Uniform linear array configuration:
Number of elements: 32
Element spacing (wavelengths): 0.75
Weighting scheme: binomial
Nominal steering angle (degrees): -30
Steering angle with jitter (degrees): -29.987
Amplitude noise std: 0.05
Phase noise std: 0.05

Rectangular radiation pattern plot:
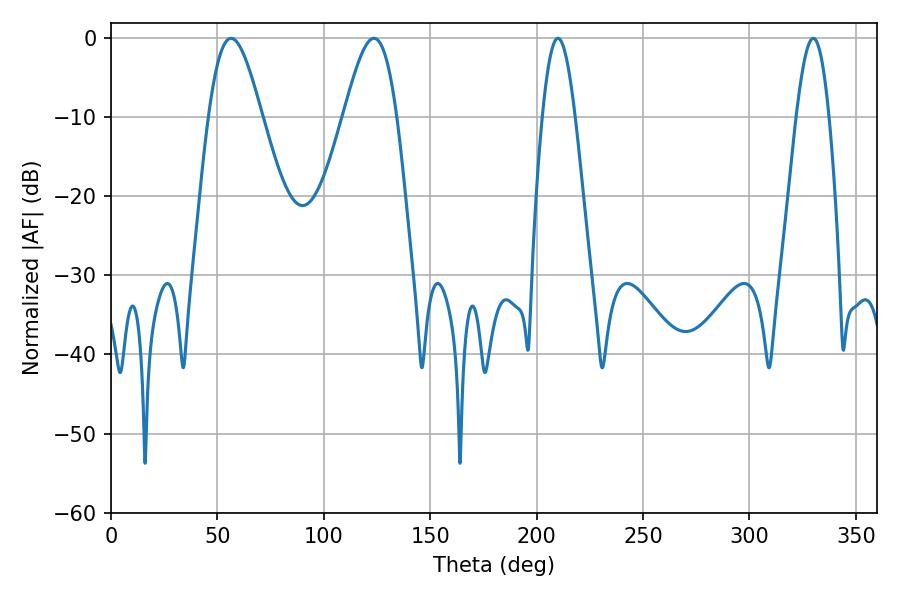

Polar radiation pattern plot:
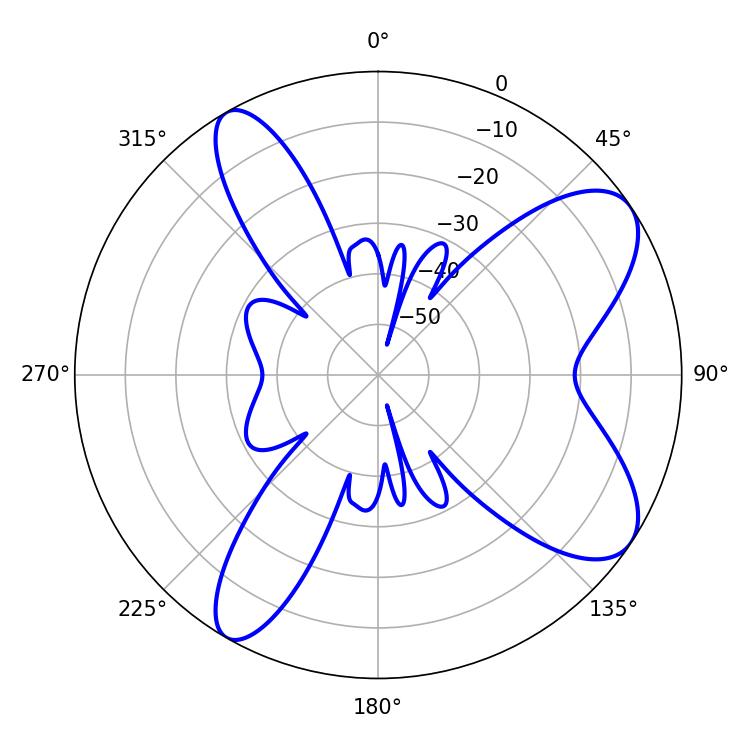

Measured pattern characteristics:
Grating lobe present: TRUE
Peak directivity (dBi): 8.59
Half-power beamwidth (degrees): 8.28
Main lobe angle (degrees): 210.06